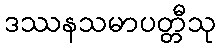
ဒဿနသမာပတ္တီသု